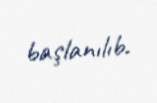
başlanılıb.